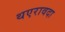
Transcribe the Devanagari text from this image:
थएरावदा